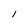
Character: l